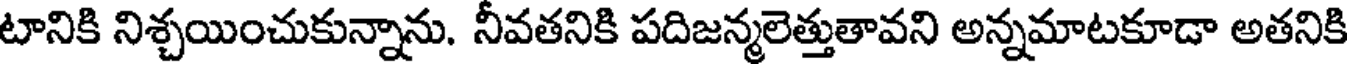
టానికి నిశ్చయించుకున్నాను. నీవతనికి పదిజన్మలెత్తుతావని అన్నమాటకూడా అతనికి